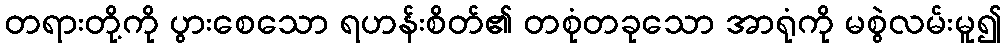
တရားတို့ကို ပွားစေသော ရဟန်းစိတ်၏ တစုံတခုသော အာရုံကို မစွဲလမ်းမူ၍